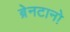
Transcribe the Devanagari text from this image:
ब्रेनटानो